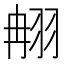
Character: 䎃